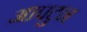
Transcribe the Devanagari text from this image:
आपटुन